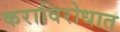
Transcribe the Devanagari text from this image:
कराविरोधात